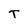
Character: T